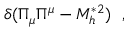
\delta ( \Pi _ { \mu } \Pi ^ { \mu } - M _ { h } ^ { * 2 } ) \ \ ,